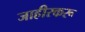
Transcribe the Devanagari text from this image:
जाहीरकरू